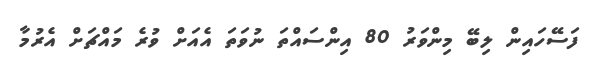
ފަސޭހައިން ލިބޭ މިންވަރު 80 އިންސައްތަ ނުވަތަ އެއަށް ވުރެ މައްޗަށް އެރުމާ